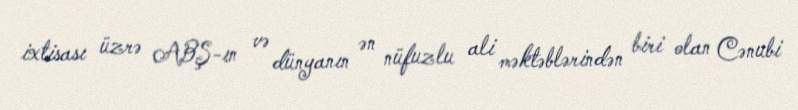
ixtisası üzrə ABŞ-ın və dünyanın ən nüfuzlu ali məktəblərindən biri olan Cənubi